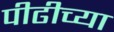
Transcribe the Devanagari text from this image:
पीढीच्या